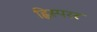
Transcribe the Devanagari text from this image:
ह्विस्परर